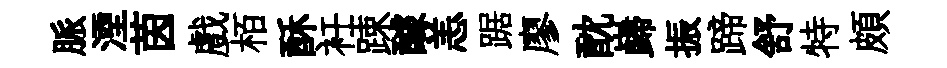
脈湮茵戲栢酥衽踈醵恙踞廖酖巋振蹄舒特頗